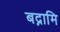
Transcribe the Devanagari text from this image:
बद्नामि